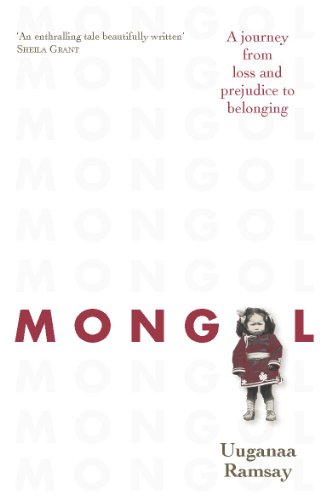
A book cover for Mongol; Uuganaa Ramsay; Parenting & Relationships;